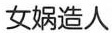
女娲造人